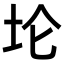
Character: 𫭢